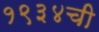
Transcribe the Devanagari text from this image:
१९३४ची